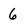
Character: 6